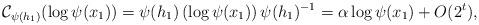
LaTeX: \begin{align*}\mathcal{C}_{\psi(h_1)} (\log \psi(x_1)) = \psi(h_1) \left( \log \psi(x_1) \right) \psi(h_1)^{-1}= \alpha \log \psi(x_1) + O(2^t),\end{align*}